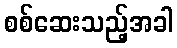
စစ်ဆေးသည့်အခါ